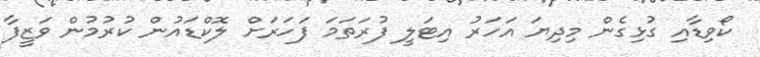
ކޯވިޑާއި ގުޅިގެން މިދިޔަ އަހަރު އިޓަލީ ފުރަތަމަ ފަހަރަށް ލޮކްޑައުން ކުރުމުން ވަޒީފާ